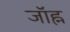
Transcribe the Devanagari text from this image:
जॉह्न